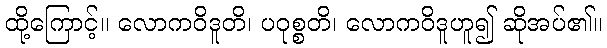
ထို့ကြောင့်။ လောကဝိဒူတိ၊ ပဝုစ္စတိ၊ လောကဝိဒူဟူ၍ ဆိုအပ်၏။